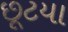
છૂટયા